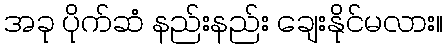
အခု ပိုက်ဆံ နည်းနည်း ချေးနိုင်မလား။